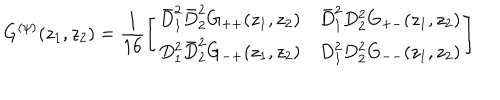
LaTeX: G ^ { ( \psi ) } ( z _ { 1 } , z _ { 2 } ) = \frac { 1 } { 1 6 } \left[ \begin{array} { l l } { { \bar { D } _ { 1 } ^ { 2 } \bar { D } _ { 2 } ^ { 2 } G _ { + + } ( z _ { 1 } , z _ { 2 } ) } } & { { \bar { D } _ { 1 } ^ { 2 } D _ { 2 } ^ { 2 } G _ { + - } ( z _ { 1 } , z _ { 2 } ) } } \\ { { D _ { 1 } ^ { 2 } \bar { D } _ { 2 } ^ { 2 } G _ { - + } ( z _ { 1 } , z _ { 2 } ) } } & { { D _ { 1 } ^ { 2 } D _ { 2 } ^ { 2 } G _ { -- } ( z _ { 1 } , z _ { 2 } ) } } \\ \end{array} \right]